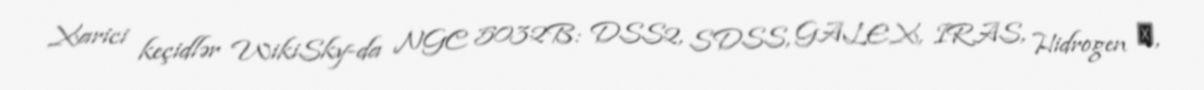
Xarici keçidlər WikiSky-da NGC 5032B: DSS2, SDSS, GALEX, IRAS, Hidrogen α,